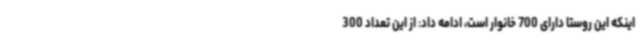
اینکه این روستا دارای 700 خانوار است، ادامه داد: از این تعداد 300